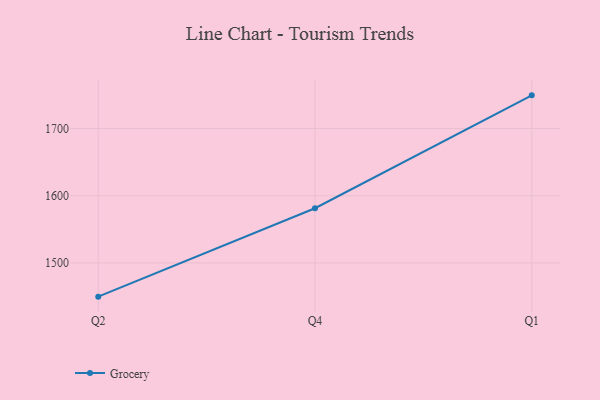
{"axis": {"x": "Quarter", "y": "Page Views"}, "legend": ["Grocery"], "data": [{"x": "Q2", "y": 1449.8, "type": "Grocery"}, {"x": "Q4", "y": 1581.4, "type": "Grocery"}, {"x": "Q1", "y": 1749.4, "type": "Grocery"}]}